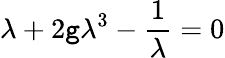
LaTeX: \lambda+2\mathtt{g}\lambda^{3}-{\frac{{1}}{{\lambda}}}=0